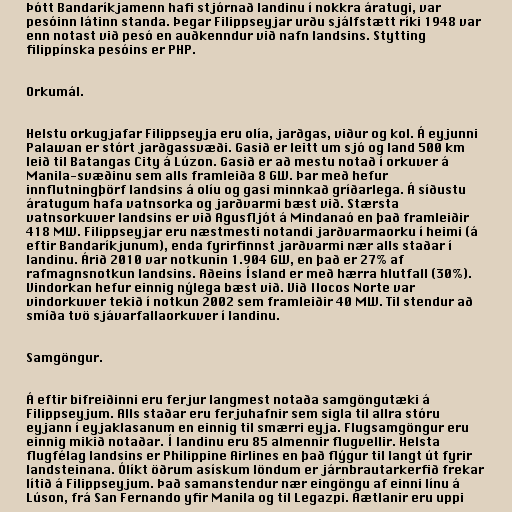
Þótt Bandaríkjamenn hafi stjórnað landinu í nokkra áratugi, var
pesóinn látinn standa. Þegar Filippseyjar urðu sjálfstætt ríki 1948 var
enn notast við pesó en auðkenndur við nafn landsins. Stytting
filippínska pesóins er PHP.

Orkumál.

Helstu orkugjafar Filippseyja eru olía, jarðgas, viður og kol. Á eyjunni
Palawan er stórt jarðgassvæði. Gasið er leitt um sjó og land 500 km
leið til Batangas City á Lúzon. Gasið er að mestu notað í orkuver á
Manila-svæðinu sem alls framleiða 8 GW. Þar með hefur
innflutningþörf landsins á olíu og gasi minnkað gríðarlega. Á síðustu
áratugum hafa vatnsorka og jarðvarmi bæst við. Stærsta
vatnsorkuver landsins er við Agusfljót á Mindanaó en það framleiðir
418 MW. Filippseyjar eru næstmesti notandi jarðvarmaorku í heimi (á
eftir Bandaríkjunum), enda fyrirfinnst jarðvarmi nær alls staðar í
landinu. Árið 2010 var notkunin 1.904 GW, en það er 27% af
rafmagnsnotkun landsins. Aðeins Ísland er með hærra hlutfall (30%).
Vindorkan hefur einnig nýlega bæst við. Við Ilocos Norte var
vindorkuver tekið í notkun 2002 sem framleiðir 40 MW. Til stendur að
smíða tvö sjávarfallaorkuver í landinu.

Samgöngur.

Á eftir bifreiðinni eru ferjur langmest notaða samgöngutæki á
Filippseyjum. Alls staðar eru ferjuhafnir sem sigla til allra stóru
eyjann í eyjaklasanum en einnig til smærri eyja. Flugsamgöngur eru
einnig mikið notaðar. Í landinu eru 85 almennir flugvellir. Helsta
flugfélag landsins er Philippine Airlines en það flýgur til langt út fyrir
landsteinana. Ólíkt öðrum asískum löndum er járnbrautarkerfið frekar
lítið á Filippseyjum. Það samanstendur nær eingöngu af einni línu á
Lúson, frá San Fernando yfir Manila og til Legazpi. Áætlanir eru uppi